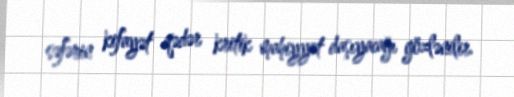
səfərin kifayət qədər kritik mahiyyət daşıyacağı gözlənilir.